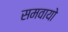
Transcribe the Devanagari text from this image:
समवायो